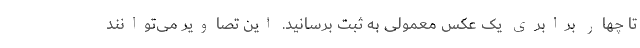
تا چهار برابری یک عکس معمولی به ثبت برسانید. این تصاویر می‌توانند